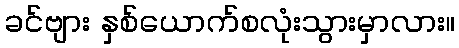
ခင်ဗျား နှစ်ယောက်စလုံးသွားမှာလား။